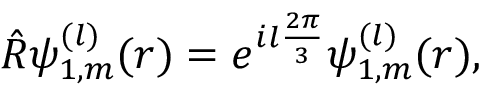
\hat { R } \psi _ { 1 , m } ^ { ( l ) } ( \boldsymbol { r } ) = e ^ { i l \frac { 2 \pi } { 3 } } \psi _ { 1 , m } ^ { ( l ) } ( \boldsymbol { r } ) ,